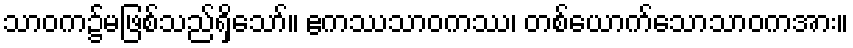
သာဝက၌မဖြစ်သည်ရှိသော်။ ဧကဿသာဝကဿ၊ တစ်ယောက်သောသာဝကအား။